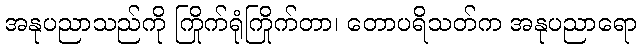
အနုပညာသည်ကို ကြိုက်ရုံကြိုက်တာ၊ တောပရိသတ်က အနုပညာရော